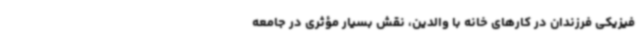
فیزیکی فرزندان در کارهای خانه با والدین، نقش بسیار مؤثری در جامعه